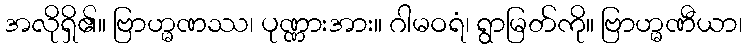
အလိုရှိ၏။ ဗြာဟ္မဏဿ၊ ပုဏ္ဏားအား။ ဂါမဝရံ၊ ရွာမြတ်ကို။ ဗြာဟ္မဏီယာ၊